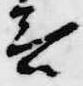
言